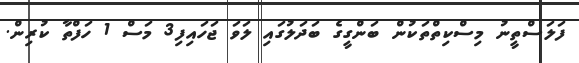
ފަލަސްތީނު މިސްކިތްތަކުން ބަންގީގެ ބަދަލުގައި ލަވަ ޖަހައިފި3 މަސް 1 ހަފްތާ ކުރިން.